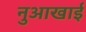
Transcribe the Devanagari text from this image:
नुआखाई